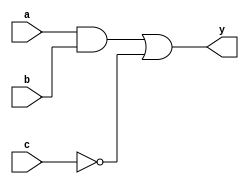
module combinational_logic (
    input wire a,          // Input signal a
    input wire b,          // Input signal b
    input wire c,          // Input signal c
    output reg y          // Output signal y
);

always @(*) begin
    // Example combinational logic
    y = (a & b) | (~c);   // y is true if both a and b are true, or c is false
end

endmodule